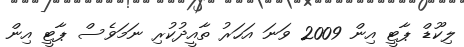
ލިކޫޑް ޕާޓީ އިން 2009 ވަނަ އަހަރު ތާއީދުކުރި ނަމަވެސް ޕާޓީ އިން